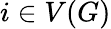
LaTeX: i\in V(G)